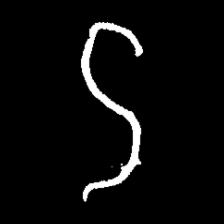
Pyu character \u2014 Myanmar letter: ဌ (romanized: ttha)